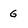
Character: g